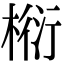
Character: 椼